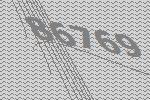
86769